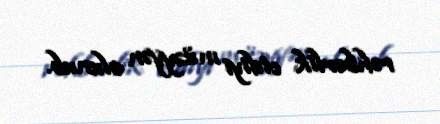
rəhbərlik etdiyi müəyyən olunub.